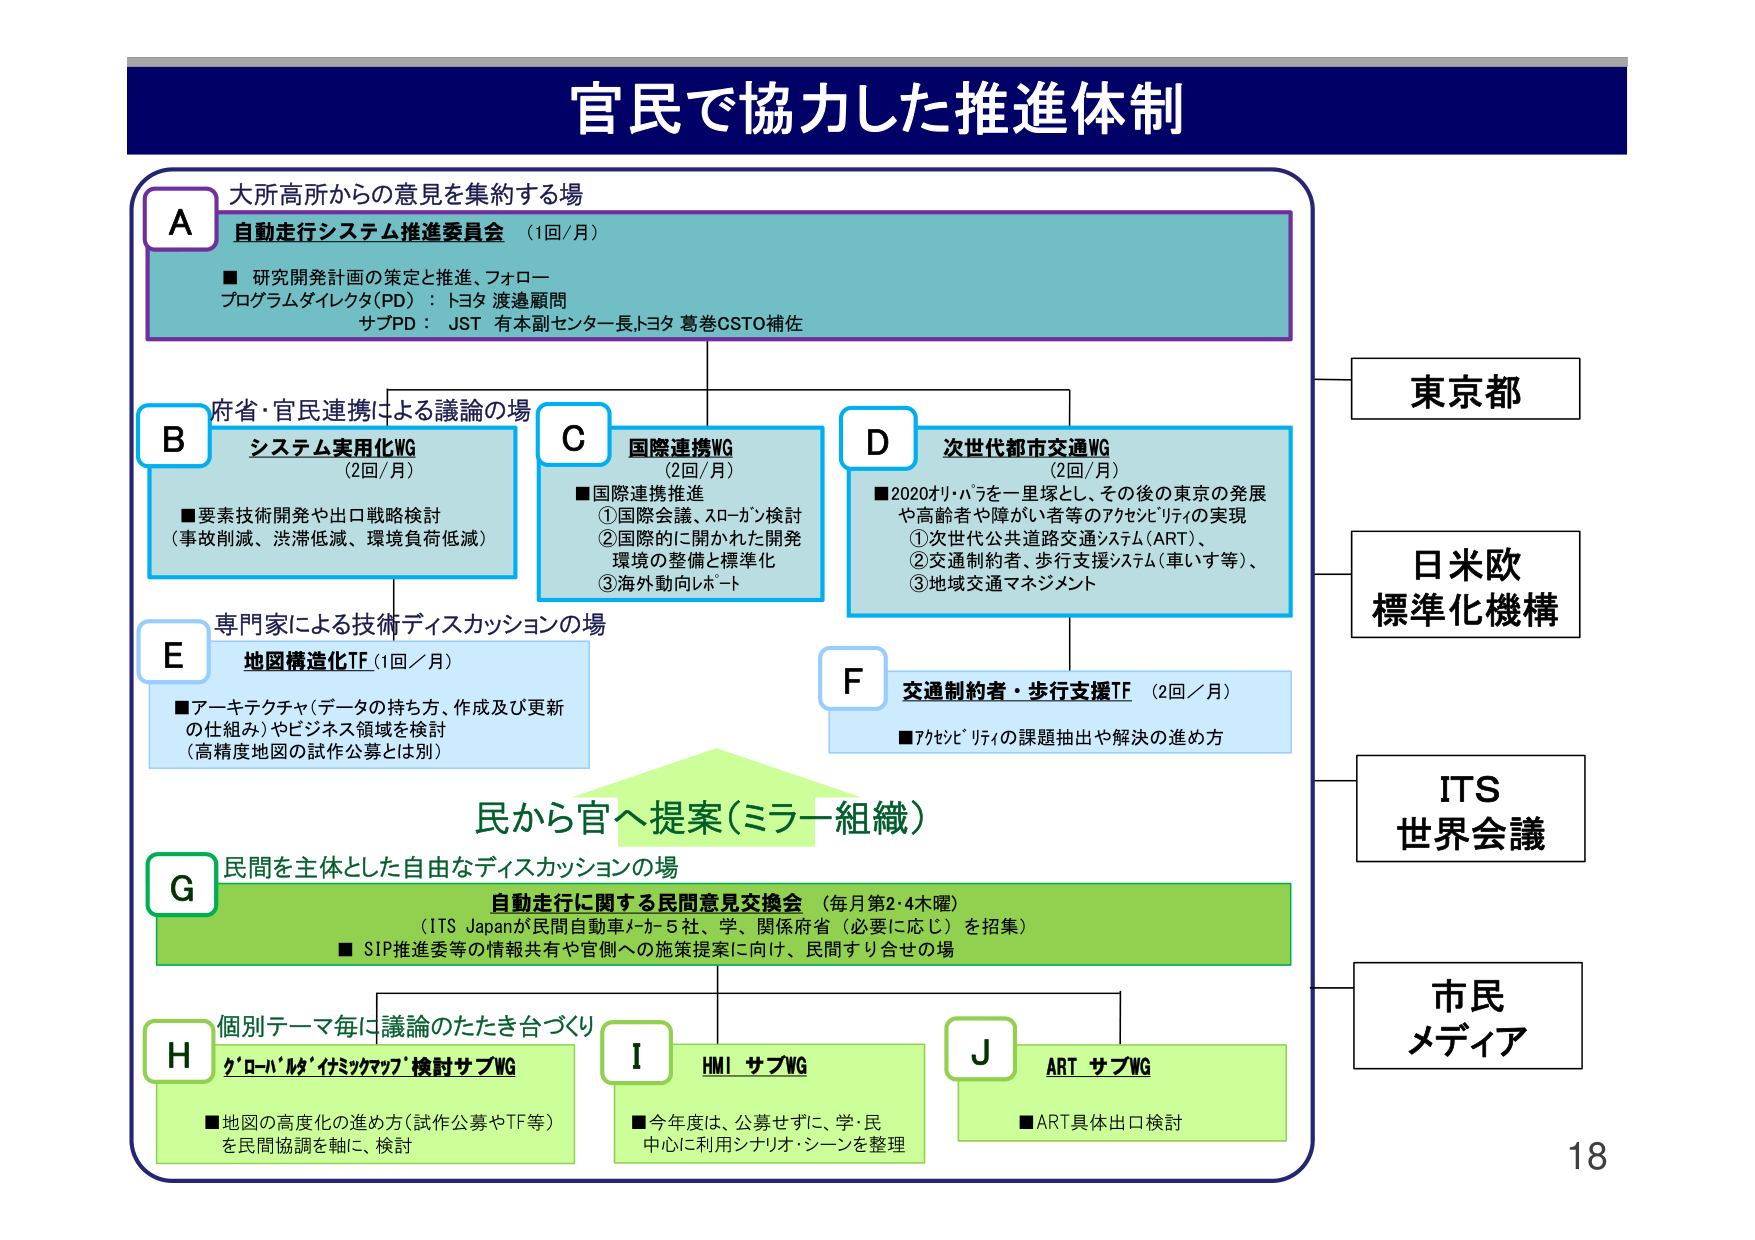
官民で協力した推進体制

A
大所高所からの意見を集約する場
自動走行システム推進委員会 （1回/月）
■ 研究開発計画の策定と推進、フォロー
プログラムダイレクタ（PD）：トヨタ 渡邉顧問
サブPD：JST 有本副センター長、トヨタ 葛巻CSTO補佐

B
府省・官民連携による議論の場
システム実用化WG
（2回/月）
■ 要素技術開発や出口戦略検討
（事故削減、渋滞低減、環境負荷低減）

C
国際連携WG
（2回/月）
■ 国際連携推進
① 国際会議、スローカン検討
② 国際的に開かれた開発
環境の整備と標準化
③ 海外動向レポート

D
次世代都市交通WG
（2回/月）
■ 2020オリ・パラを一里塚とし、その後の東京の発展
や高齢者や障がい者等のアクセシビリティの実現
① 次世代公共道路交通システム（ART）、
② 交通制約者、歩行支援システム（車いす等）、
③ 地域交通マネジメント

E
専門家による技術ディスカッションの場
地図構造化TF（1回／月）
■ アーキテクチャ（データの持ち方、作成及び更新
の仕組み）やビジネス領域を検討
（高精度地図の試作公募とは別）

F
交通制約者・歩行支援TF （2回／月）
■ アクセシビリティの課題抽出や解決の進め方

民から官へ提案（ミラー組織）

G
民間を主体とした自由なディスカッションの場
自動走行に関する民間意見交換会 （毎月第2・4木曜）
（ITS Japanが民間自動車メーカー5社、学、関係府省（必要に応じ）を招集）
■ SIP推進委等の情報共有や官側への施策提案に向け、民間すり合わせの場

H
個別テーマ毎に議論のたたき台づくり
グローバル・イシミマップ検討サブWG
■ 地図の高度化の進め方（試作公募やTF等）
を民間協調を軸に、検討

I
HMI サブWG
■ 今年度は、公募せずに、学・民
中心に利用シナリオ・シーンを整理

J
ART サブWG
■ ART具体出口検討

東京都
日米欧
標準化機構
ITS
世界会議
市民
メディア

18